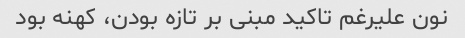
نون علیرغم تاکید مبنی بر تازه بودن، کهنه بود